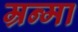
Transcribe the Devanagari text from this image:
म्रन्मा